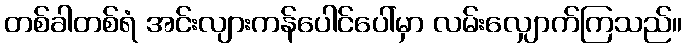
တစ်ခါတစ်ရံ အင်းလျားကန်ပေါင်ပေါ်မှာ လမ်းလျှောက်ကြသည်။